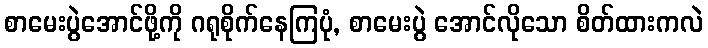
စာမေးပွဲအောင်ဖို့ကို ဂရုစိုက်နေကြပုံ, စာမေးပွဲ အောင်လိုသော စိတ်ထားကလဲ